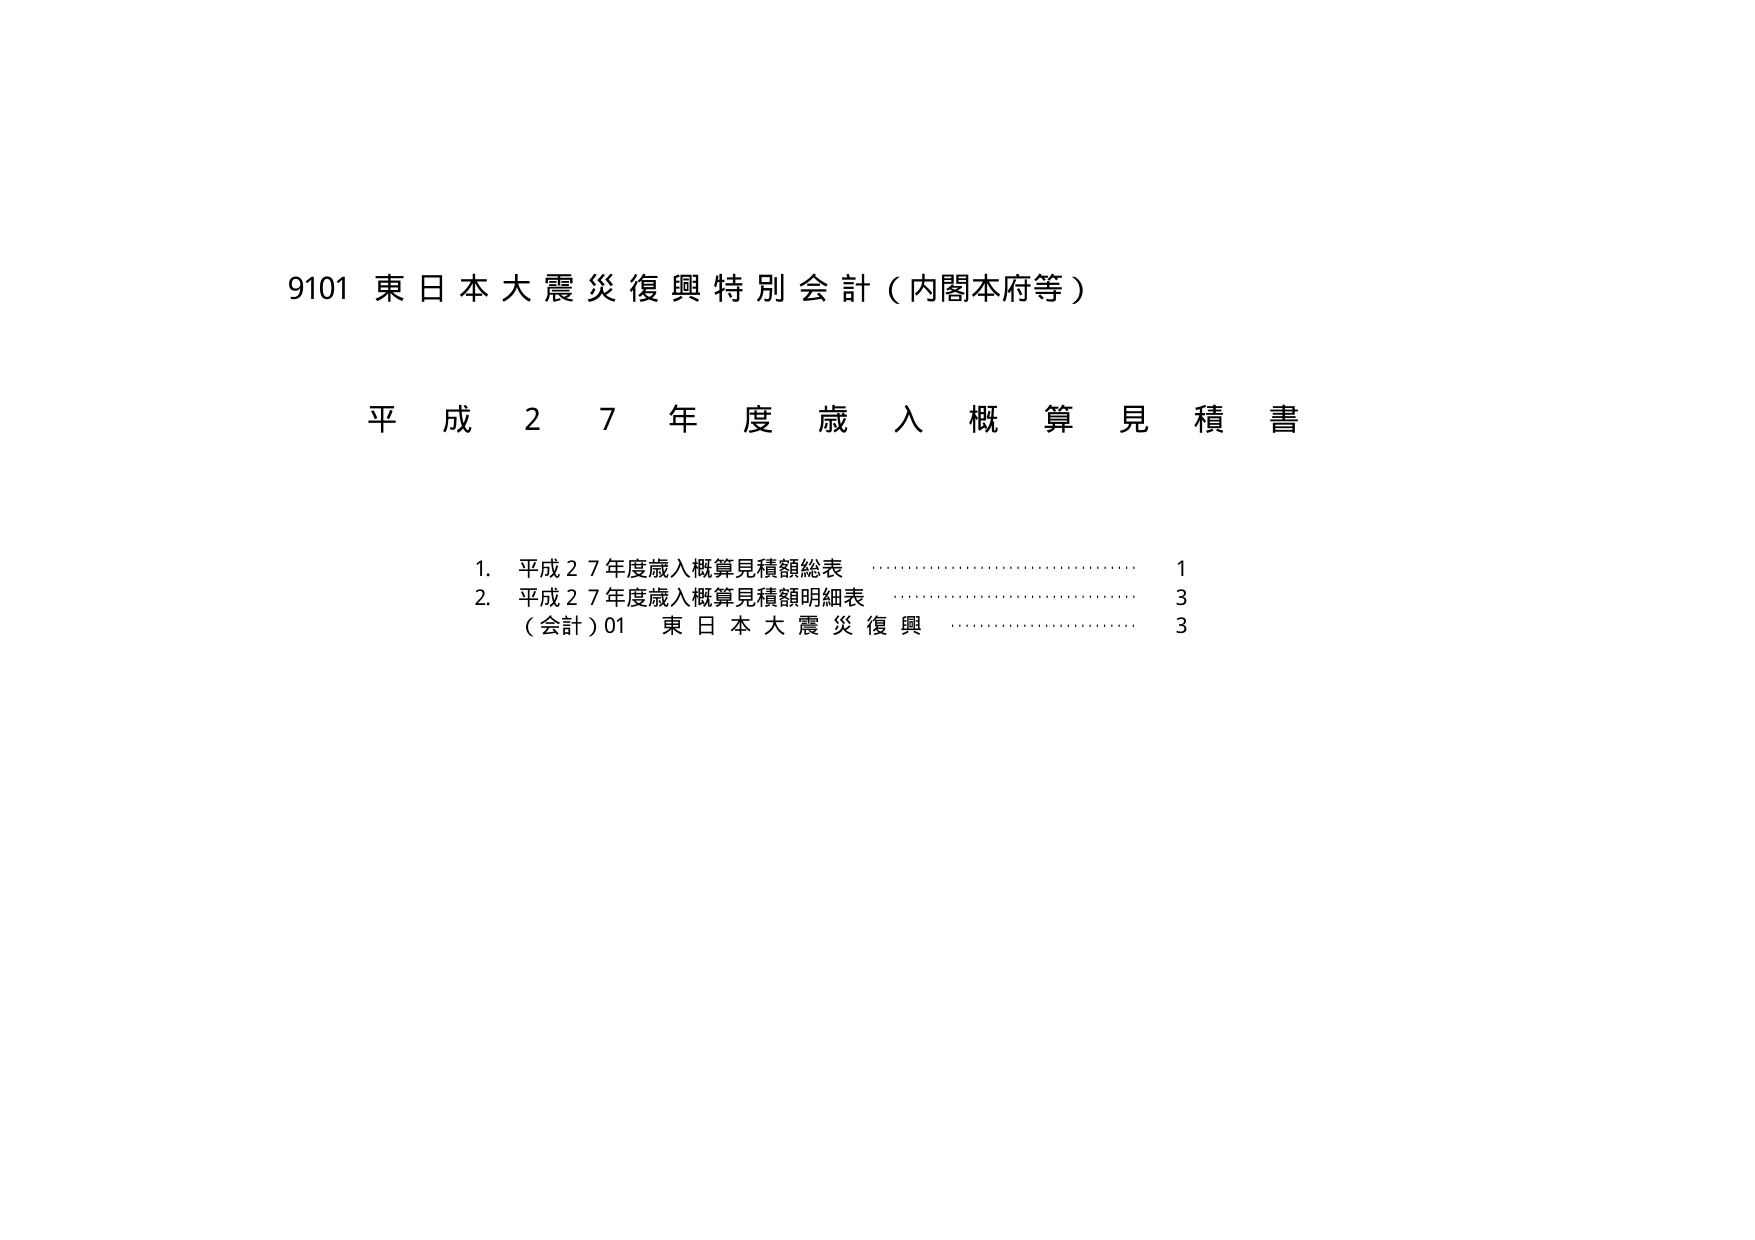
9101 東日本大震災復興特別会計（内閣本府等）

平成27年度歳入概算見積書

1. 平成27年度歳入概算見積額総表 ……………………………… 1
2. 平成27年度歳入概算見積額明細表 …………………………… 3
　（会計）01 東日本大震災復興 ……………………………… 3